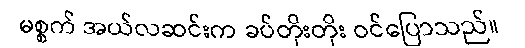
မစ္စက် အယ်လဆင်းက ခပ်တိုးတိုး ဝင်ပြောသည်။